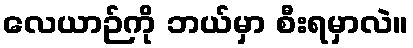
လေယာဉ်ကို ဘယ်မှာ စီးရမှာလဲ။